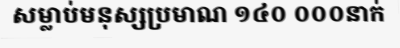
សម្លាប់មនុស្សប្រមាណ ១៤០ ០០០នាក់